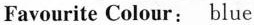
2.条理清晰，意思明确，连贯，句子通顺，标点